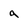
Character: q